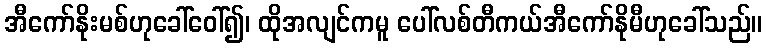
အီကော်နိုးမစ်ဟုခေါ်ဝေါ်၍၊ ထိုအလျင်ကမူ ပေါ်လစ်တီကယ်အီကော်နိုမီဟုခေါ်သည်။